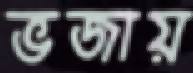
ভজায়